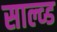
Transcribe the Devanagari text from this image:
साल्व्ड